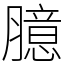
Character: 臆